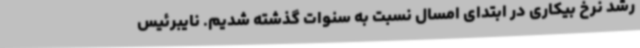
رشد نرخ بیکاری در ابتدای امسال نسبت به سنوات گذشته شدیم. نایبرئیس